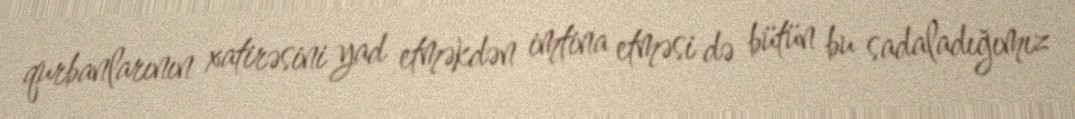
qurbanlarının xatirəsini yad etməkdən imtina etməsi də bütün bu sadaladığımız